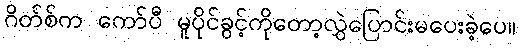
ဂိတ်စ်က ကော်ပီ မူပိုင်ခွင့်ကိုတော့လွှဲပြောင်းမပေးခဲ့ပေ။